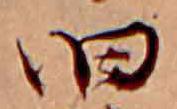
旧